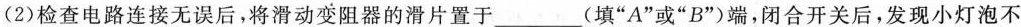
(2)检查电路连接无误后，将滑动变阻器的滑片置于____(填”A”或”B”)端，闭合开关后，发现小灯泡不